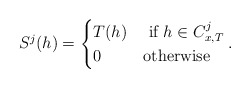
\begin{align*} S^j(h) = \begin{cases} T(h)&\mbox{ if }h \in C^j_{x,T}\\ 0&\mbox{otherwise} \end{cases}. \end{align*}